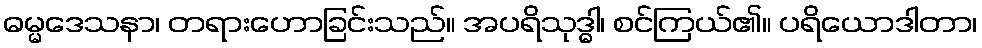
ဓမ္မဒေသနာ၊ တရားဟောခြင်းသည်။ အပရိသုဒ္ဓါ၊ စင်ကြယ်၏။ ပရိယောဒါတာ၊